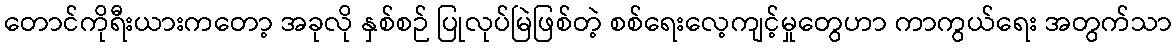
တောင်ကိုရီးယားကတော့ အခုလို နှစ်စဉ် ပြုလုပ်မြဲဖြစ်တဲ့ စစ်ရေးလေ့ကျင့်မှုတွေဟာ ကာကွယ်ရေး အတွက်သာ